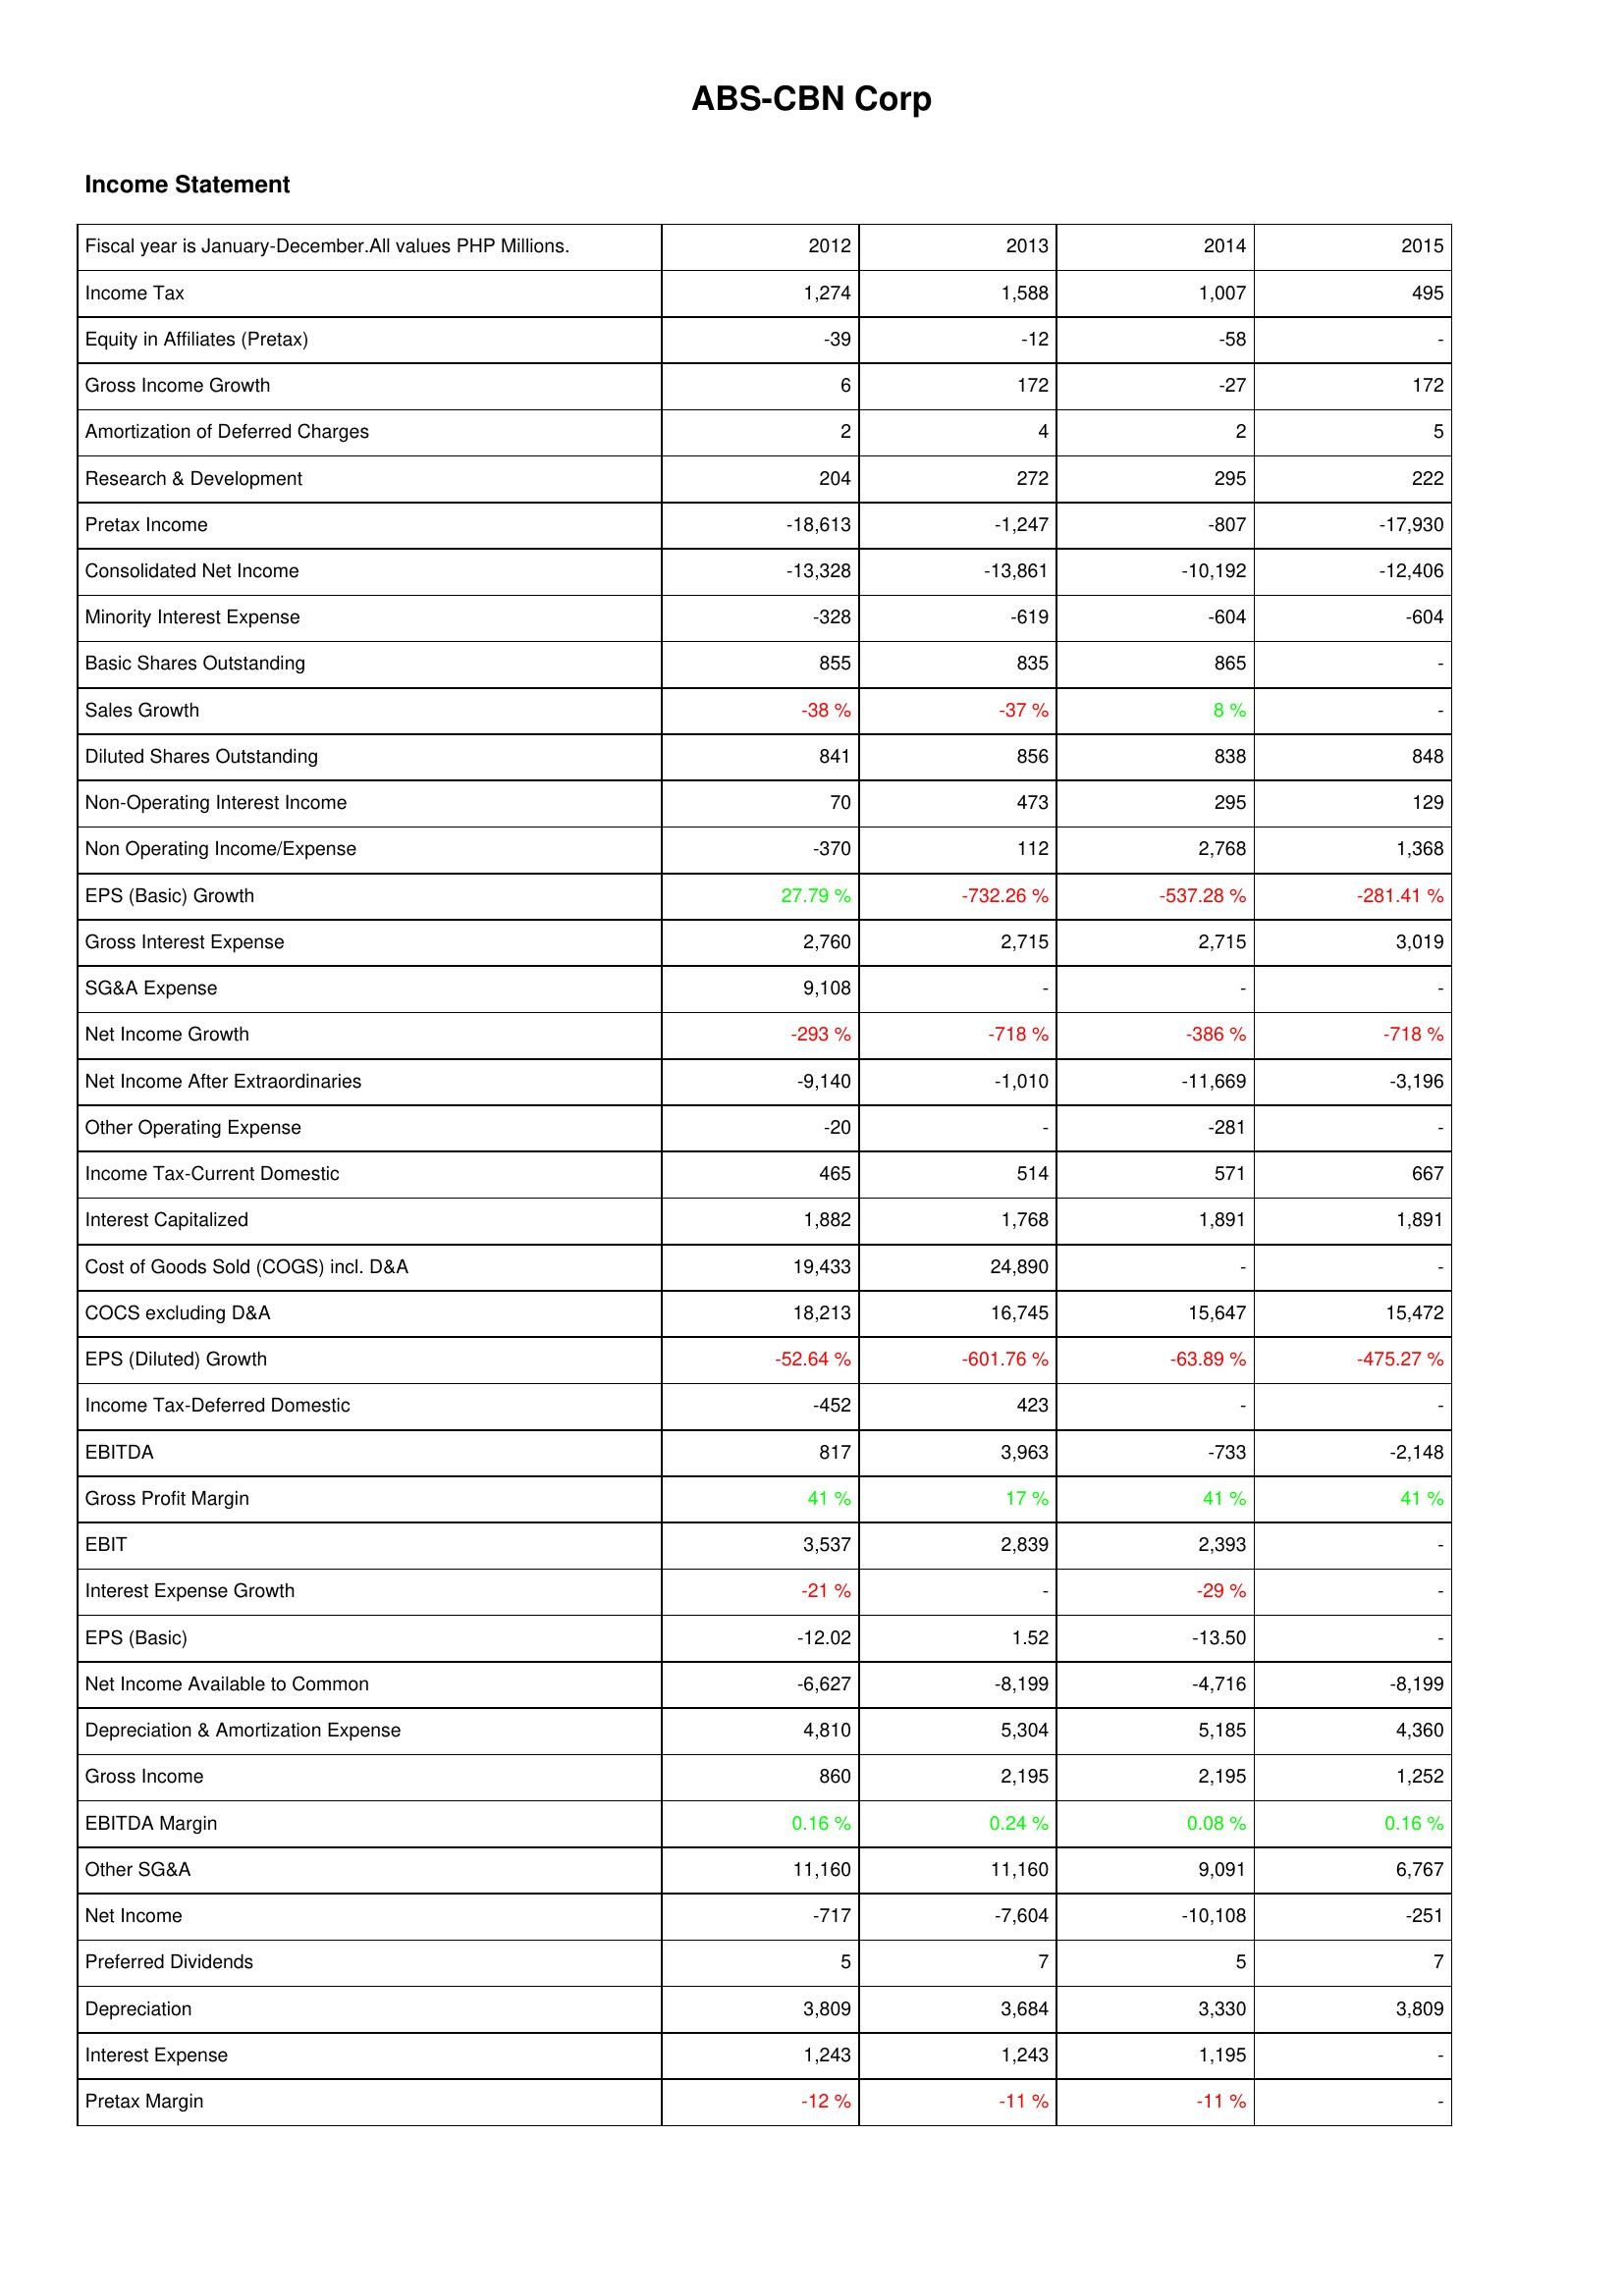
2012: Income Statement: Income Tax: 1,274
Equity in Affiliates (Pretax): -39
Gross Income Growth: 6
Amortization of Deferred Charges: 2
Research & Development: 204
Pretax Income: -18,613
Consolidated Net Income: -13,328
Minority Interest Expense: -328
Basic Shares Outstanding: 855
Sales Growth: -38 %
Diluted Shares Outstanding: 841
Non-Operating Interest Income: 70
Non Operating Income/Expense: -370
EPS (Basic) Growth: 27.79 %
Gross Interest Expense: 2,760
SG&A Expense: 9,108
Net Income Growth: -293 %
Net Income After Extraordinaries: -9,140
Other Operating Expense: -20
Income Tax-Current Domestic: 465
Interest Capitalized: 1,882
Cost of Goods Sold (COGS) incl. D&A: 19,433
COCS excluding D&A: 18,213
EPS (Diluted) Growth: -52.64 %
Income Tax-Deferred Domestic: -452
EBITDA: 817
Gross Profit Margin: 41 %
EBIT: 3,537
Interest Expense Growth: -21 %
EPS (Basic): -12.02
Net Income Available to Common: -6,627
Depreciation & Amortization Expense: 4,810
Gross Income: 860
EBITDA Margin: 0.16 %
Other SG&A: 11,160
Net Income: -717
Preferred Dividends: 5
Depreciation: 3,809
Interest Expense: 1,243
Pretax Margin: -12 %
2013: Income Statement: Income Tax: 1,588
Equity in Affiliates (Pretax): -12
Gross Income Growth: 172
Amortization of Deferred Charges: 4
Research & Development: 272
Pretax Income: -1,247
Consolidated Net Income: -13,861
Minority Interest Expense: -619
Basic Shares Outstanding: 835
Sales Growth: -37 %
Diluted Shares Outstanding: 856
Non-Operating Interest Income: 473
Non Operating Income/Expense: 112
EPS (Basic) Growth: -732.26 %
Gross Interest Expense: 2,715
SG&A Expense: -
Net Income Growth: -718 %
Net Income After Extraordinaries: -1,010
Other Operating Expense: -
Income Tax-Current Domestic: 514
Interest Capitalized: 1,768
Cost of Goods Sold (COGS) incl. D&A: 24,890
COCS excluding D&A: 16,745
EPS (Diluted) Growth: -601.76 %
Income Tax-Deferred Domestic: 423
EBITDA: 3,963
Gross Profit Margin: 17 %
EBIT: 2,839
Interest Expense Growth: -
EPS (Basic): 1.52
Net Income Available to Common: -8,199
Depreciation & Amortization Expense: 5,304
Gross Income: 2,195
EBITDA Margin: 0.24 %
Other SG&A: 11,160
Net Income: -7,604
Preferred Dividends: 7
Depreciation: 3,684
Interest Expense: 1,243
Pretax Margin: -11 %
2014: Income Statement: Income Tax: 1,007
Equity in Affiliates (Pretax): -58
Gross Income Growth: -27
Amortization of Deferred Charges: 2
Research & Development: 295
Pretax Income: -807
Consolidated Net Income: -10,192
Minority Interest Expense: -604
Basic Shares Outstanding: 865
Sales Growth: 8 %
Diluted Shares Outstanding: 838
Non-Operating Interest Income: 295
Non Operating Income/Expense: 2,768
EPS (Basic) Growth: -537.28 %
Gross Interest Expense: 2,715
SG&A Expense: -
Net Income Growth: -386 %
Net Income After Extraordinaries: -11,669
Other Operating Expense: -281
Income Tax-Current Domestic: 571
Interest Capitalized: 1,891
Cost of Goods Sold (COGS) incl. D&A: -
COCS excluding D&A: 15,647
EPS (Diluted) Growth: -63.89 %
Income Tax-Deferred Domestic: -
EBITDA: -733
Gross Profit Margin: 41 %
EBIT: 2,393
Interest Expense Growth: -29 %
EPS (Basic): -13.50
Net Income Available to Common: -4,716
Depreciation & Amortization Expense: 5,185
Gross Income: 2,195
EBITDA Margin: 0.08 %
Other SG&A: 9,091
Net Income: -10,108
Preferred Dividends: 5
Depreciation: 3,330
Interest Expense: 1,195
Pretax Margin: -11 %
2015: Income Statement: Income Tax: 495
Equity in Affiliates (Pretax): -
Gross Income Growth: 172
Amortization of Deferred Charges: 5
Research & Development: 222
Pretax Income: -17,930
Consolidated Net Income: -12,406
Minority Interest Expense: -604
Basic Shares Outstanding: -
Sales Growth: -
Diluted Shares Outstanding: 848
Non-Operating Interest Income: 129
Non Operating Income/Expense: 1,368
EPS (Basic) Growth: -281.41 %
Gross Interest Expense: 3,019
SG&A Expense: -
Net Income Growth: -718 %
Net Income After Extraordinaries: -3,196
Other Operating Expense: -
Income Tax-Current Domestic: 667
Interest Capitalized: 1,891
Cost of Goods Sold (COGS) incl. D&A: -
COCS excluding D&A: 15,472
EPS (Diluted) Growth: -475.27 %
Income Tax-Deferred Domestic: -
EBITDA: -2,148
Gross Profit Margin: 41 %
EBIT: -
Interest Expense Growth: -
EPS (Basic): -
Net Income Available to Common: -8,199
Depreciation & Amortization Expense: 4,360
Gross Income: 1,252
EBITDA Margin: 0.16 %
Other SG&A: 6,767
Net Income: -251
Preferred Dividends: 7
Depreciation: 3,809
Interest Expense: -
Pretax Margin: -